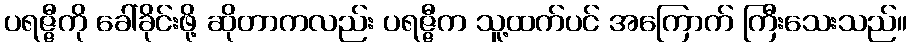
ပရဇ္ဇီကို ခေါ်ခိုင်းဖို့ ဆိုတာကလည်း ပရဇ္ဇီက သူ့ထက်ပင် အကြောက် ကြီးသေးသည်။